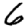
Digit: 6